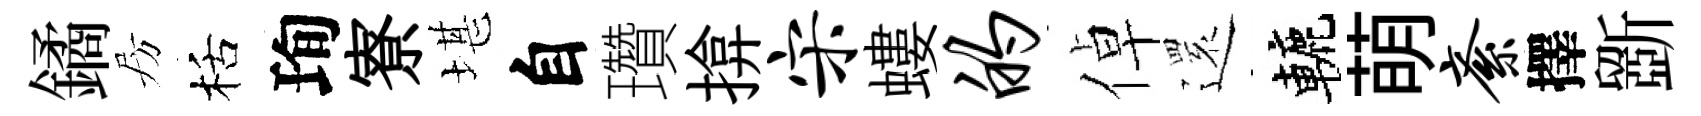
鐍房栝珣寮堪自瓚揜宋螻的倬𮟃轆萌紊擇斵